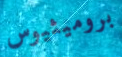
بروميثيوس